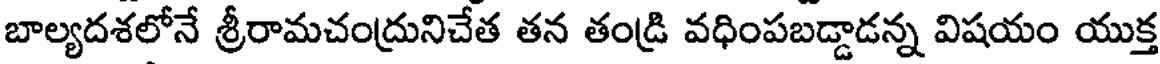
బాల్యదశలోనే శ్రీరామచంద్రునిచేత తన తండ్రి వధింపబడ్డాడన్న విషయం యుక్త